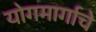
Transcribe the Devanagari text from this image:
योगमार्गाचे